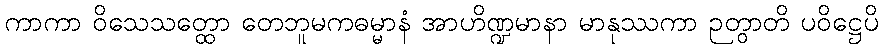
ကာကာ ဝိသေသတ္ထော တေဘူမကဓမ္မာနံ အာဟိဏ္ဍမာနာ မာနုဿကာ ဉတွာတိ ပဝိဋ္ဌေပိ